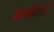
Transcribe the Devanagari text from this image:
रोगविषों